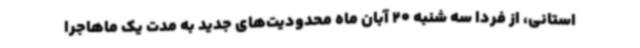
استانی، از فردا سه شنبه 20 آبان ماه محدودیت‌های جدید به مدت یک ماهاجرا